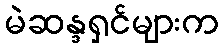
မဲဆန္ဒရှင်များက